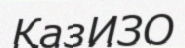
ҚазИЗО